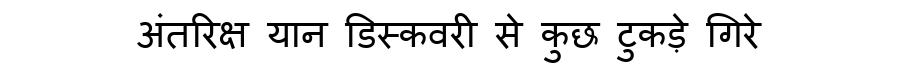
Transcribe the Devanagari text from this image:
अंतरिक्ष यान डिस्कवरी से कुछ टुकड़े गिरे